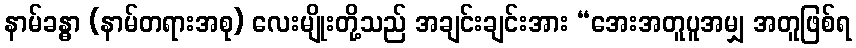
နာမ်ခန္ဓာ (နာမ်တရားအစု) လေးမျိုးတို့သည် အချင်းချင်းအား “အေးအတူပူအမျှ အတူဖြစ်ရ